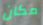
مكان